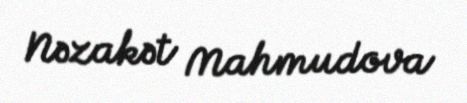
Nəzakət Mahmudova